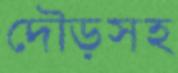
দৌড়সহ